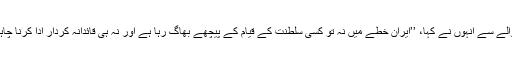
اس حوالے سے انہوں نے کہا، ’’ایران خطے میں نہ تو کسی سلطنت کے قیام کے پیچھے بھاگ رہا ہے اور نہ ہی قائدانہ کردار ادا کرنا چاہتا ہے۔